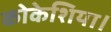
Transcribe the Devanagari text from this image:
कोकेशिया।